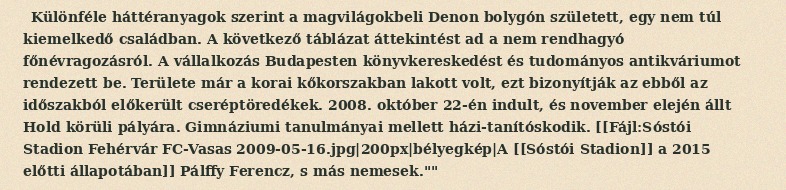
Különféle háttéranyagok szerint a magvilágokbeli Denon bolygón született, egy nem túl kiemelkedő családban. A következő táblázat áttekintést ad a nem rendhagyó főnévragozásról. A vállalkozás Budapesten könyvkereskedést és tudományos antikváriumot rendezett be. Területe már a korai kőkorszakban lakott volt, ezt bizonyítják az ebből az időszakból előkerült cseréptöredékek. 2008. október 22-én indult, és november elején állt Hold körüli pályára. Gimnáziumi tanulmányai mellett házi-tanítóskodik. [[Fájl:Sóstói Stadion Fehérvár FC-Vasas 2009-05-16.jpg|200px|bélyegkép|A [[Sóstói Stadion]] a 2015 előtti állapotában]] Pálffy Ferencz, s más nemesek.""